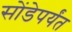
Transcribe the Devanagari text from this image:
सोंडेपर्यंत